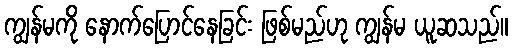
ကျွန်မကို နောက်ပြောင်နေခြင်း ဖြစ်မည်ဟု ကျွန်မ ယူဆသည်။